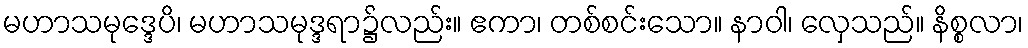
မဟာသမုဒ္ဒေပိ၊ မဟာသမုဒ္ဒရာ၌လည်း။ ဧကာ၊ တစ်စင်းသော။ နာဝါ၊ လှေသည်။ နိစ္စလာ၊